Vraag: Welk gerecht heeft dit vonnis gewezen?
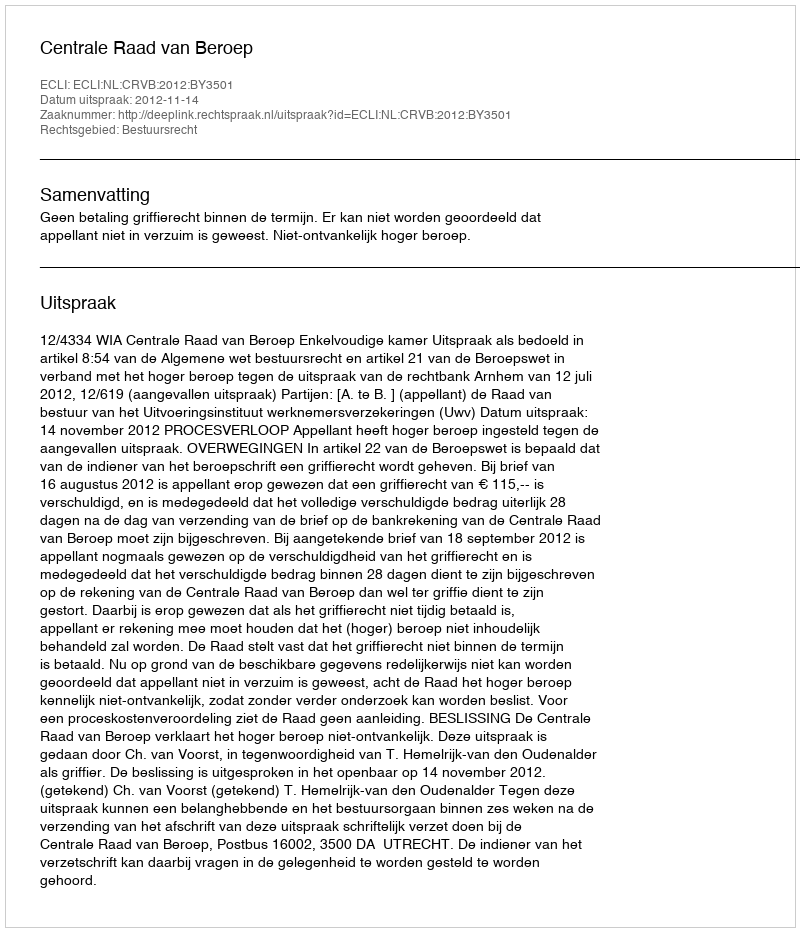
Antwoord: Centrale Raad van Beroep